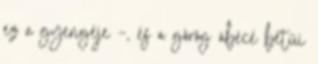
ez a gyengéje –, és a görög ábécé betűi